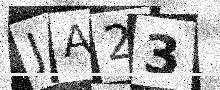
Text: JA23